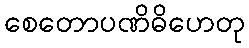
စေတောပဏိဓိဟေတု